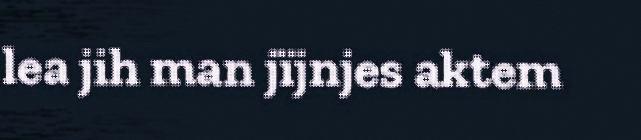
lea jih man jïjnjes aktem